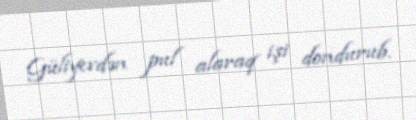
Güliyevdən pul alaraq işi dondurub.